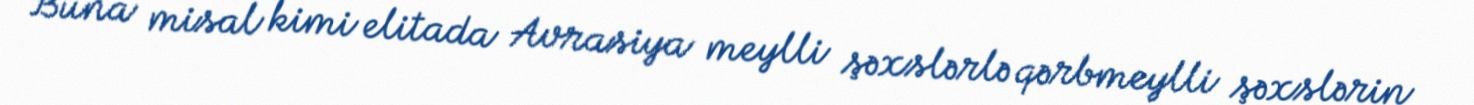
Buna misal kimi elitada Avrasiya meylli şəxslərlə qərbmeylli şəxslərin